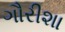
ગૌરીશા